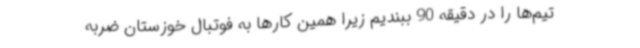
تیم‌ها را در دقیقه 90 ببندیم زیرا همین کارها به فوتبال خوزستان ضربه